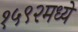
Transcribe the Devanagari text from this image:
१५९२मध्ये